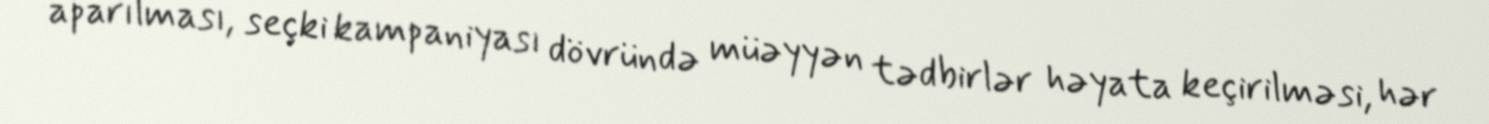
aparılması, seçki kampaniyası dövründə müəyyən tədbirlər həyata keçirilməsi, hər